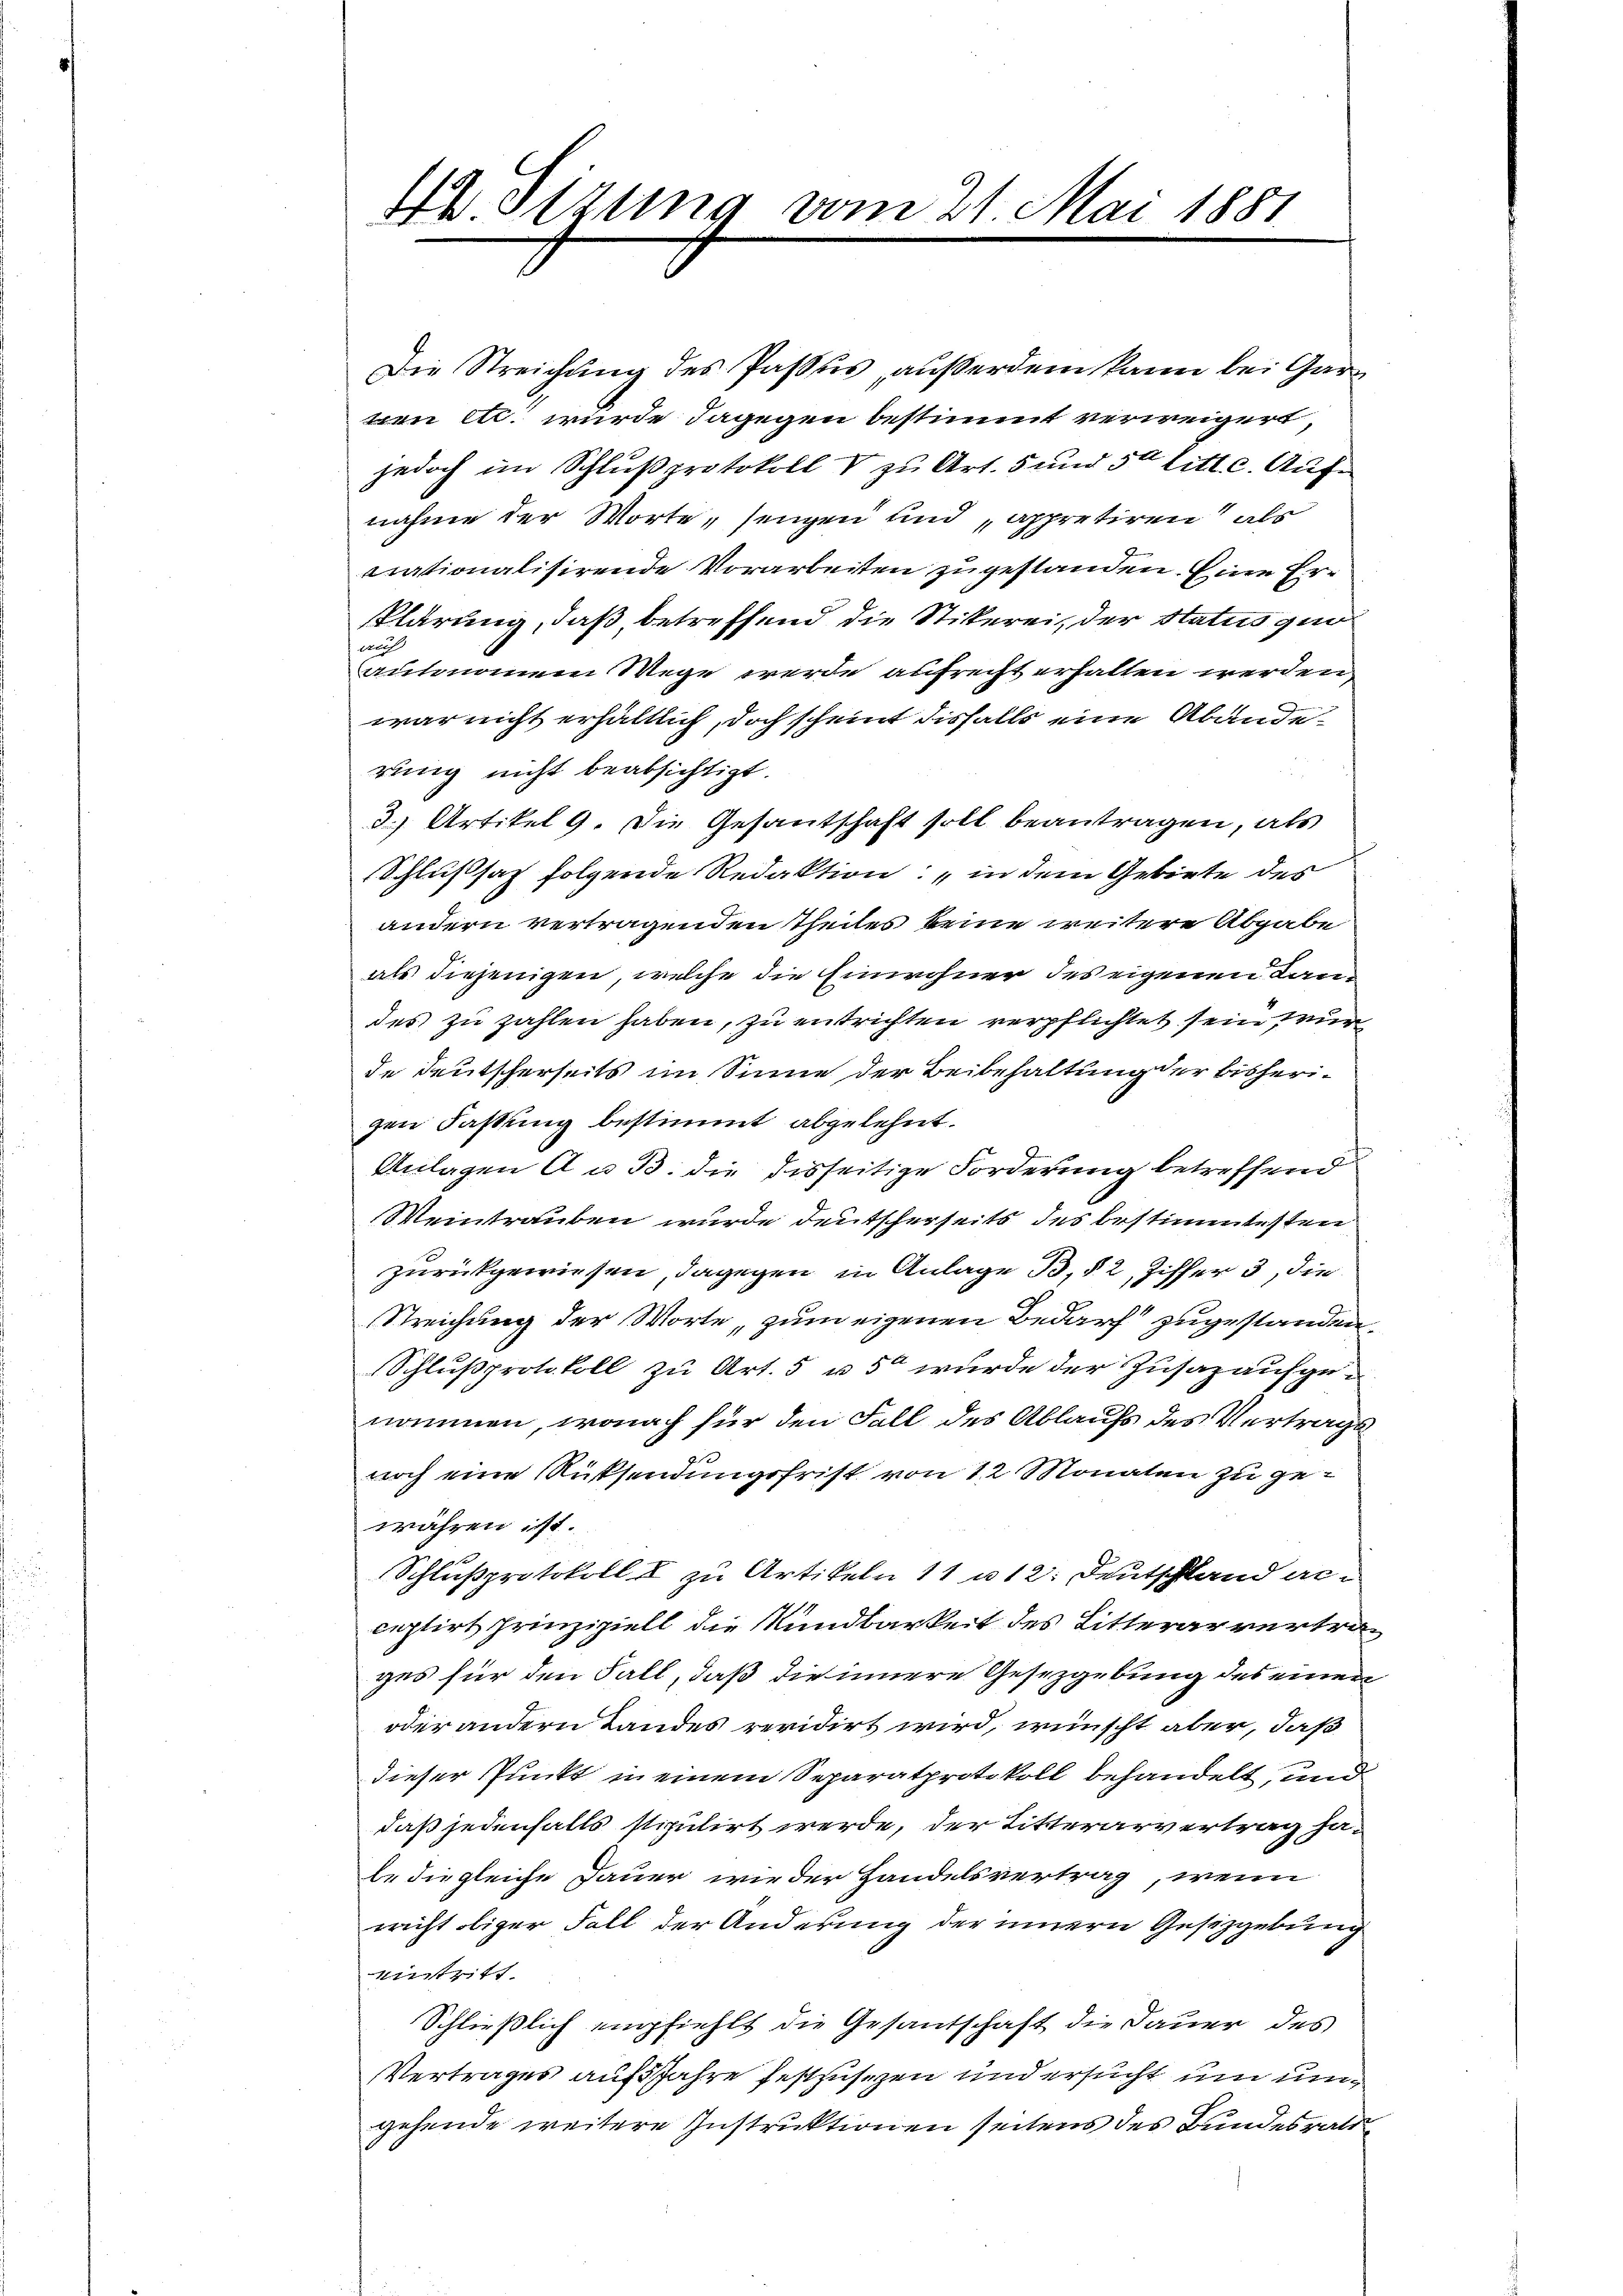
42 Sizung vom 21. Mai 1881

Die Streichung des Passus, außerdem kann bei Gar
nen etc. wurde dagegen bestimmt verweigert,
jedoch im Schlußprotokoll V zu Art. 5 und 50 litt. c. Aufnahme der Worte, senzen und appretiren, als
vationalisirende Vorarbeiten zugestanden. Eine Erklärung, daß, betreffend die Stikerei, der Status quaauf
autonommen Wege werde aufrecht erhalten werden,
war nicht erhältlich, doch scheint disfalls eine Abänderung nicht beabsichtigt.
3.) Artikel 9. Die Gesantschaft soll beantragen, als
Schlußsatz folgende Redaktion: „in dem Gebiete des
andern vertragenden Theiles keine weitere Abgabe
als diejenigen, welche die Einwohner des eigenen Land
des zu zahlen haben, zu entrichten verpflichtet sein zur
de deutscherseits im Sinne der Beibehaltung der bisherigen Fassung bestimmt abgelehnt.
Anlagen A u. B. die disseitige Forderung betreffend
Weintrauben wurde deutscherseits des bestimmtesten
zurückgewiesen, dagegen in Anlage B. § 2, Ziffer 3, die
Streichung der Worte „zum eigenen Bedarf“ zugestanden.
Schlŭβprotokoll zu Art. 5 u 50 wurde der Zusaz aufgenommen, wonach für den Fall des Ablaufs des Vertrags
noch eine Russendungsfrist von 12 Monaten zu gewähren ist.
d
Schlußprotokoll & zu Artikeln 11 u 12. Deutschland erceptirt prinzipiell die Rundbarkeit des Litterarvertrages für den Fall, daß die innere Gesetzgebung des einen
oder andern Landes revidirt wird, wünscht aber, daß
dieser Punkt in einem Separatprotokoll behandelt, und
daß jedenfalls stipulirt werde, der Ritterarvertrag hale die gleiche Dauer wieder Handelsvertrag, wenn
richt obiger Fall der Änderung der innern Gesitzgebung
eintritt
Schließlich empfiehlt die Gesantschaft die Dauer des
Vertrages auf Jahre festzusezen und ersucht um um
gehende weitere Instruktionen seitens des Bundesrath